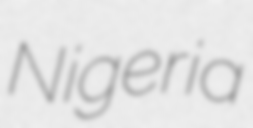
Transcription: Nigeria